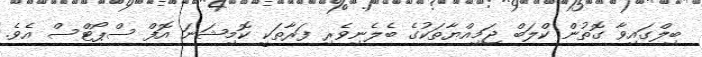
ބިލްގައިވާ ގޮތުން ކްލަބް ޖަމިއްޔާތަކުގެ ބެލެނިވެރި ފަރާތަކީ ކޮމިޝަނަ އޮފް ސްޕޯޓްސް އެވެ.